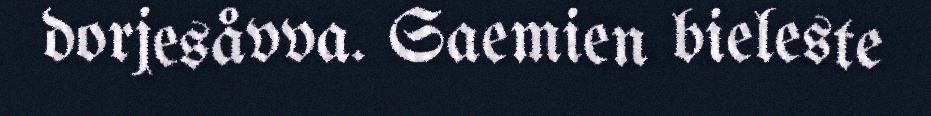
dorjesåvva. Saemien bieleste